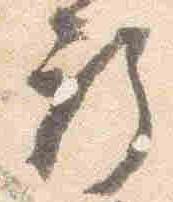
祈